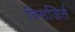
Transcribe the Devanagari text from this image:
विसजिर्त